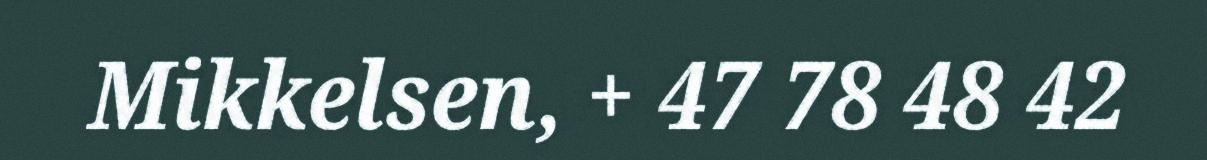
Mikkelsen, + 47 78 48 42